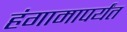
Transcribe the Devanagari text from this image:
हंगामापर्यंत